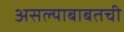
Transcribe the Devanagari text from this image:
असल्याबाबतची